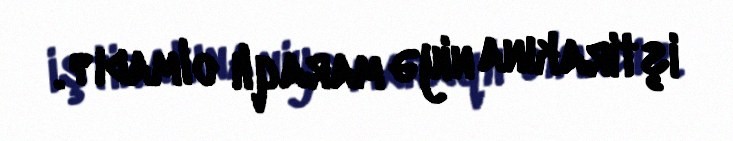
iştirakına niyə maraqlı olmadı?.